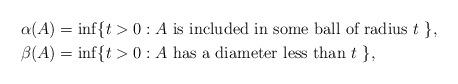
LaTeX: \begin{align*}\alpha(A) &= \inf \{ t > 0 : A \mbox{ is included in some ball of radius $t$ } \}, \\\beta(A) &= \inf \{ t > 0 : A \mbox{ has a diameter less than $t$ } \},\end{align*}